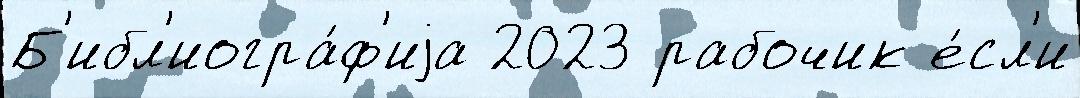
Б'ибл'иогра́ф'иjа 2023 рабочик е́сл'и